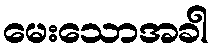
မေးသောအခါ